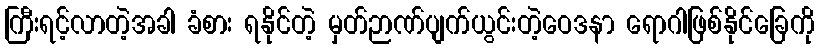
ကြီးရင့်လာတဲ့အခါ ခံစား ရနိုင်တဲ့ မှတ်ဉာဏ်ပျက်ယွင်းတဲ့ဝေဒနာ ရောဂါဖြစ်နိုင်ခြေကို